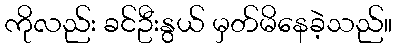
ကိုလည်း ခင်ဦးနွယ် မှတ်မိနေခဲ့သည်။